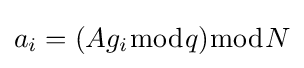
a_{i}=(Ag_{i}{\bmod {q}}){\bmod {N}}